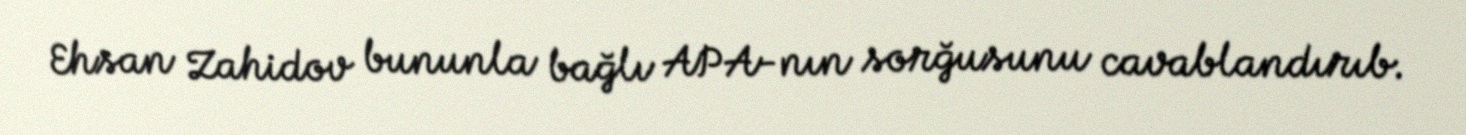
Ehsan Zahidov bununla bağlı APA-nın sorğusunu cavablandırıb.